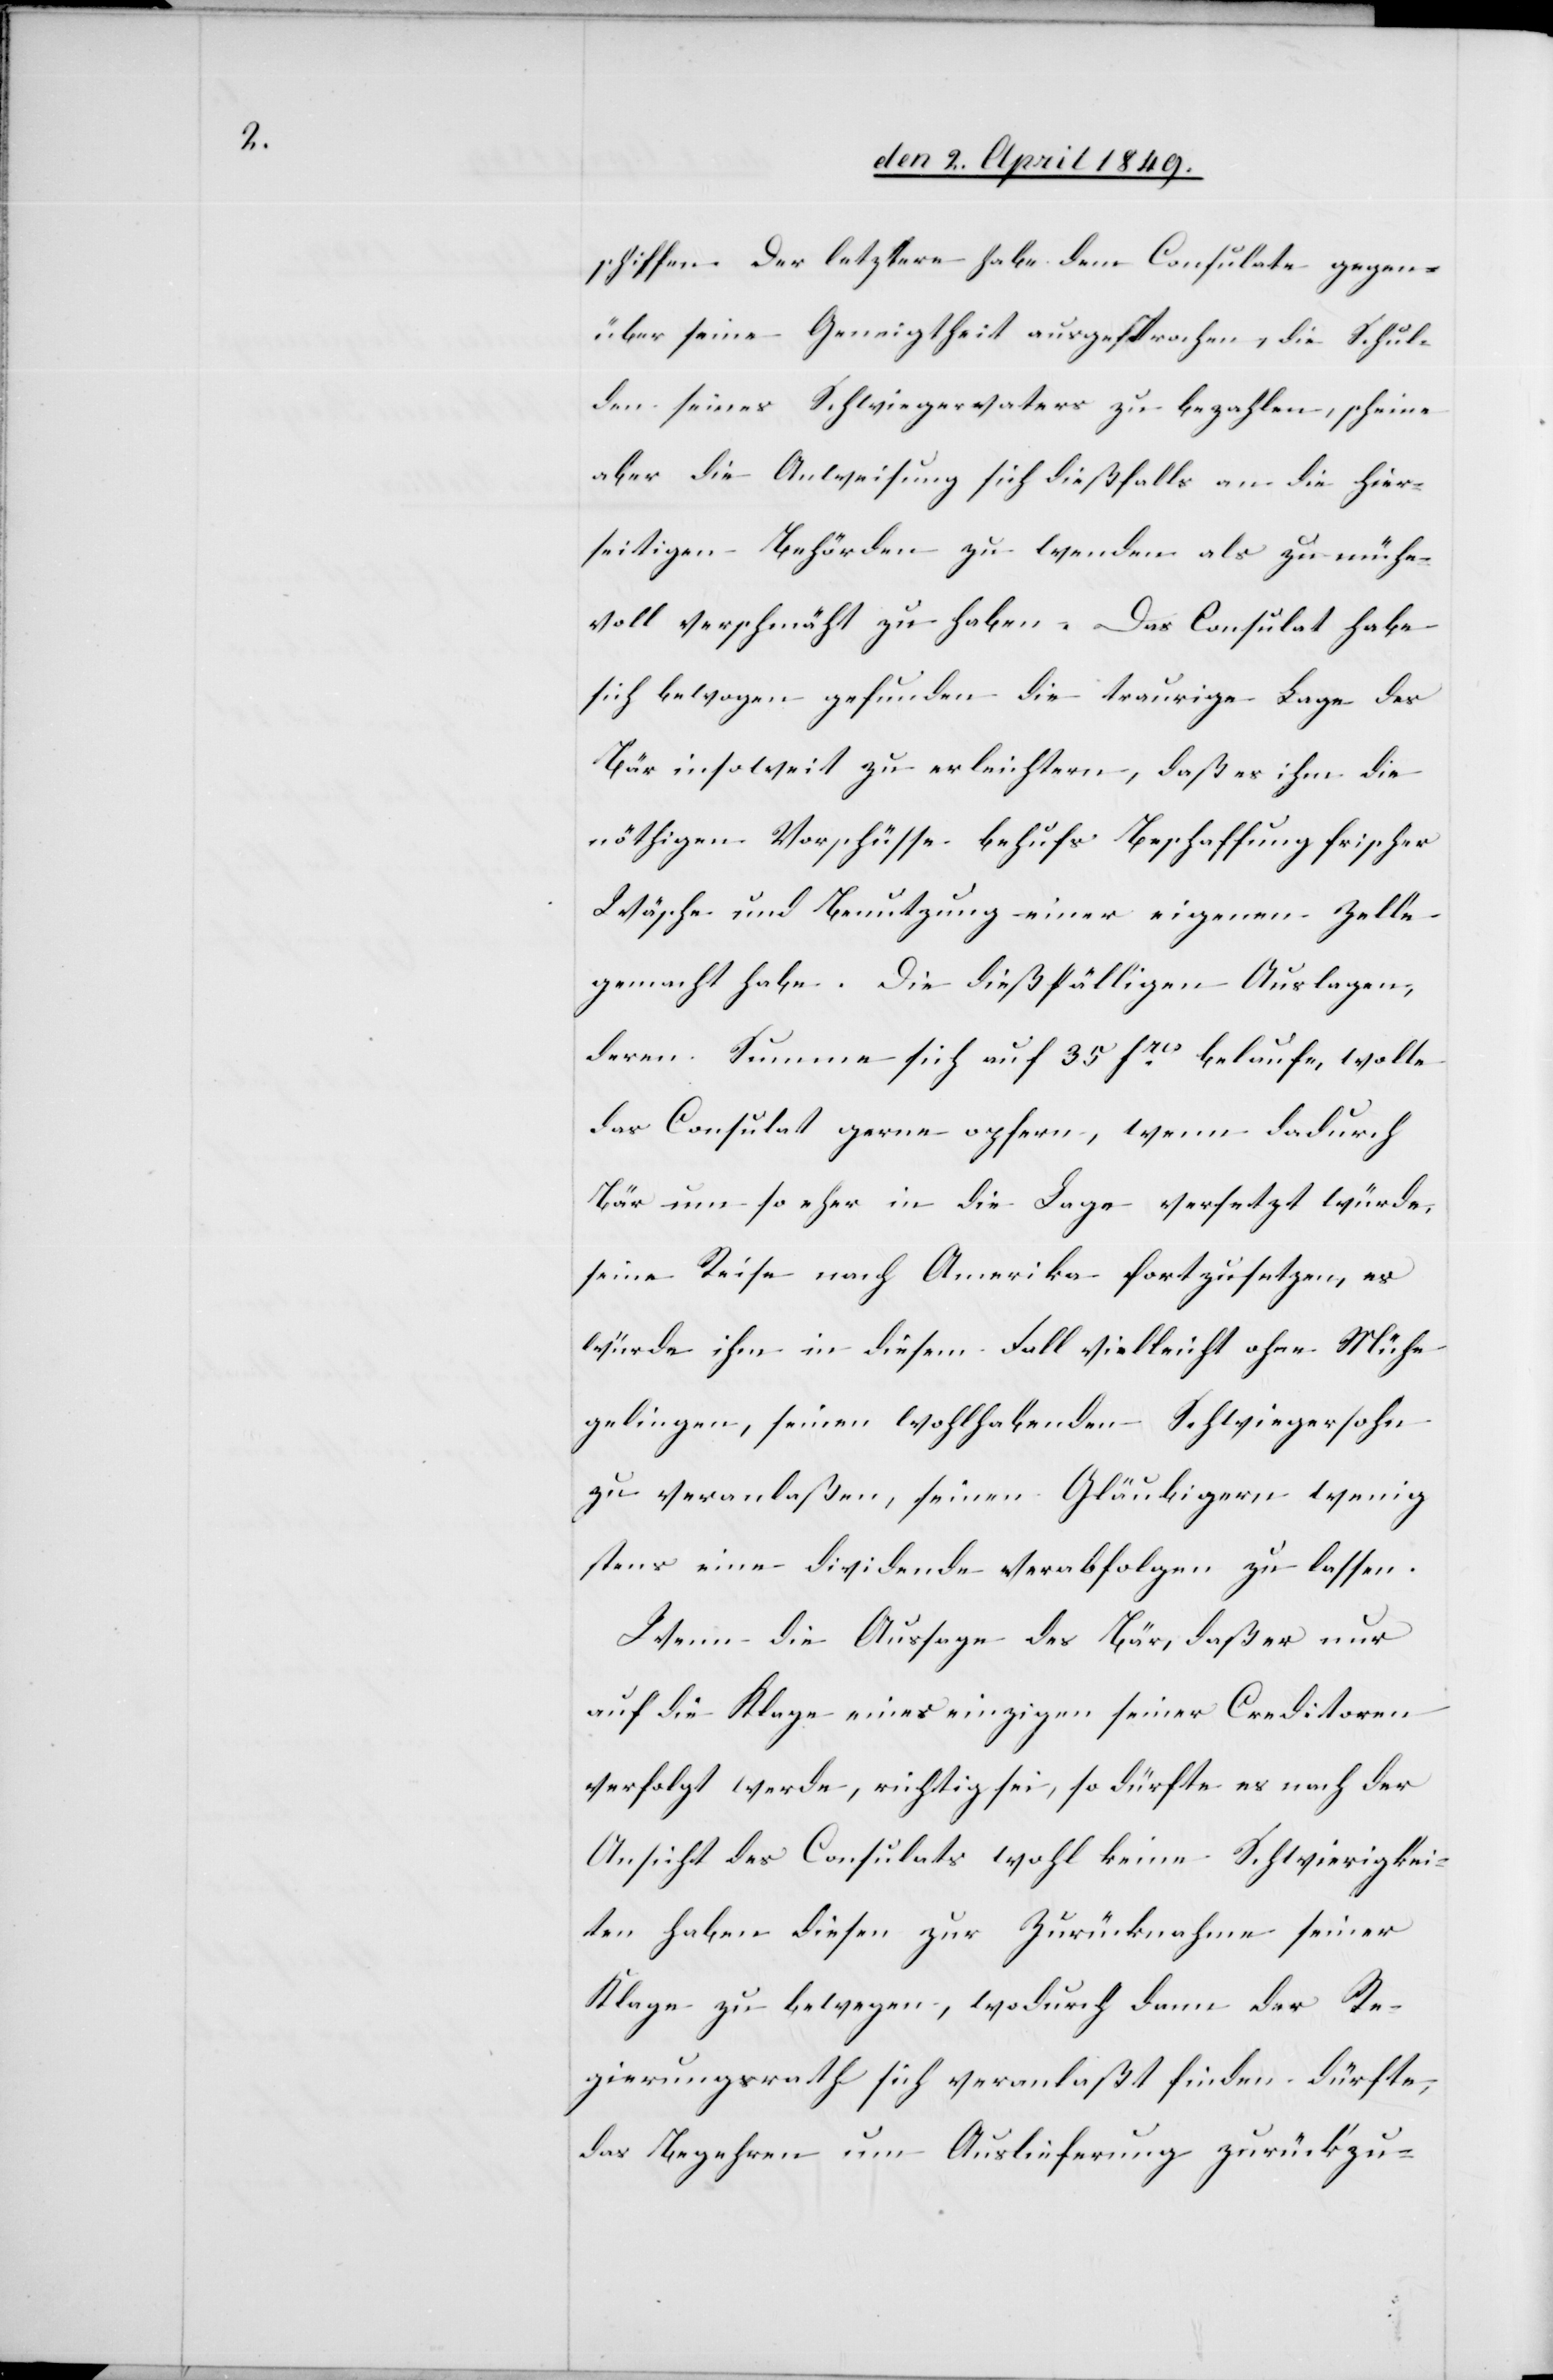
schiffen. Der letztere habe dem Consulate gegen¬
über seine Geneigtheit ausgesprochen, die Schul¬
den seines Schwiegervaters zu bezahlen, scheine
aber die Anweisung sich dießfalls an die hier¬
seitigen Behörden zu wenden als zu mühe¬
voll verschmäht zu haben. Das Consulat habe
sich bewogen gefunden die traurige Lage des
Bär insoweit zu erleichtern, daß es ihm die
nöthigen Vorschüsse behufs Beschaffung frischer
Wäsche und Benutzung einer eigenen Zelle
gemacht habe. Die dießfälligen Auslagen,
deren Summe sich auf 35 frcs belaufe, wolle
das Consulat gerne opfern, wenn dadurch
Bär um so eher in die Lage versetzt würde,
seine Reise nach Amerika fortzusetzen, es
würde ihn in diesem Fall vielleicht ohne Mühe
gelingen, seinen wohlhabenden Schwiegersohn
zu veranlaßen, seinen Gläubigern wenig¬
stens eine Dividende verabfolgen zu lassen.
Wenn die Aussage des Bär, daß er nur
auf die Klage eines einzigen seiner Creditoren
verfolgt werde, richtig sei, so dürfte es nach der
Ansicht des Consulats wohl keine Schwierigkei¬
ten haben diesen zur Zurücknahme seiner
Klage zu bewegen, wodurch dann der Re¬
gierungsrath sich veranlaßt finden dürfte,
das Begehren um Auslieferung zurückzu-